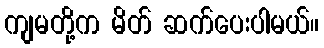
ကျမတို့က မိတ် ဆက်ပေးပါမယ်။